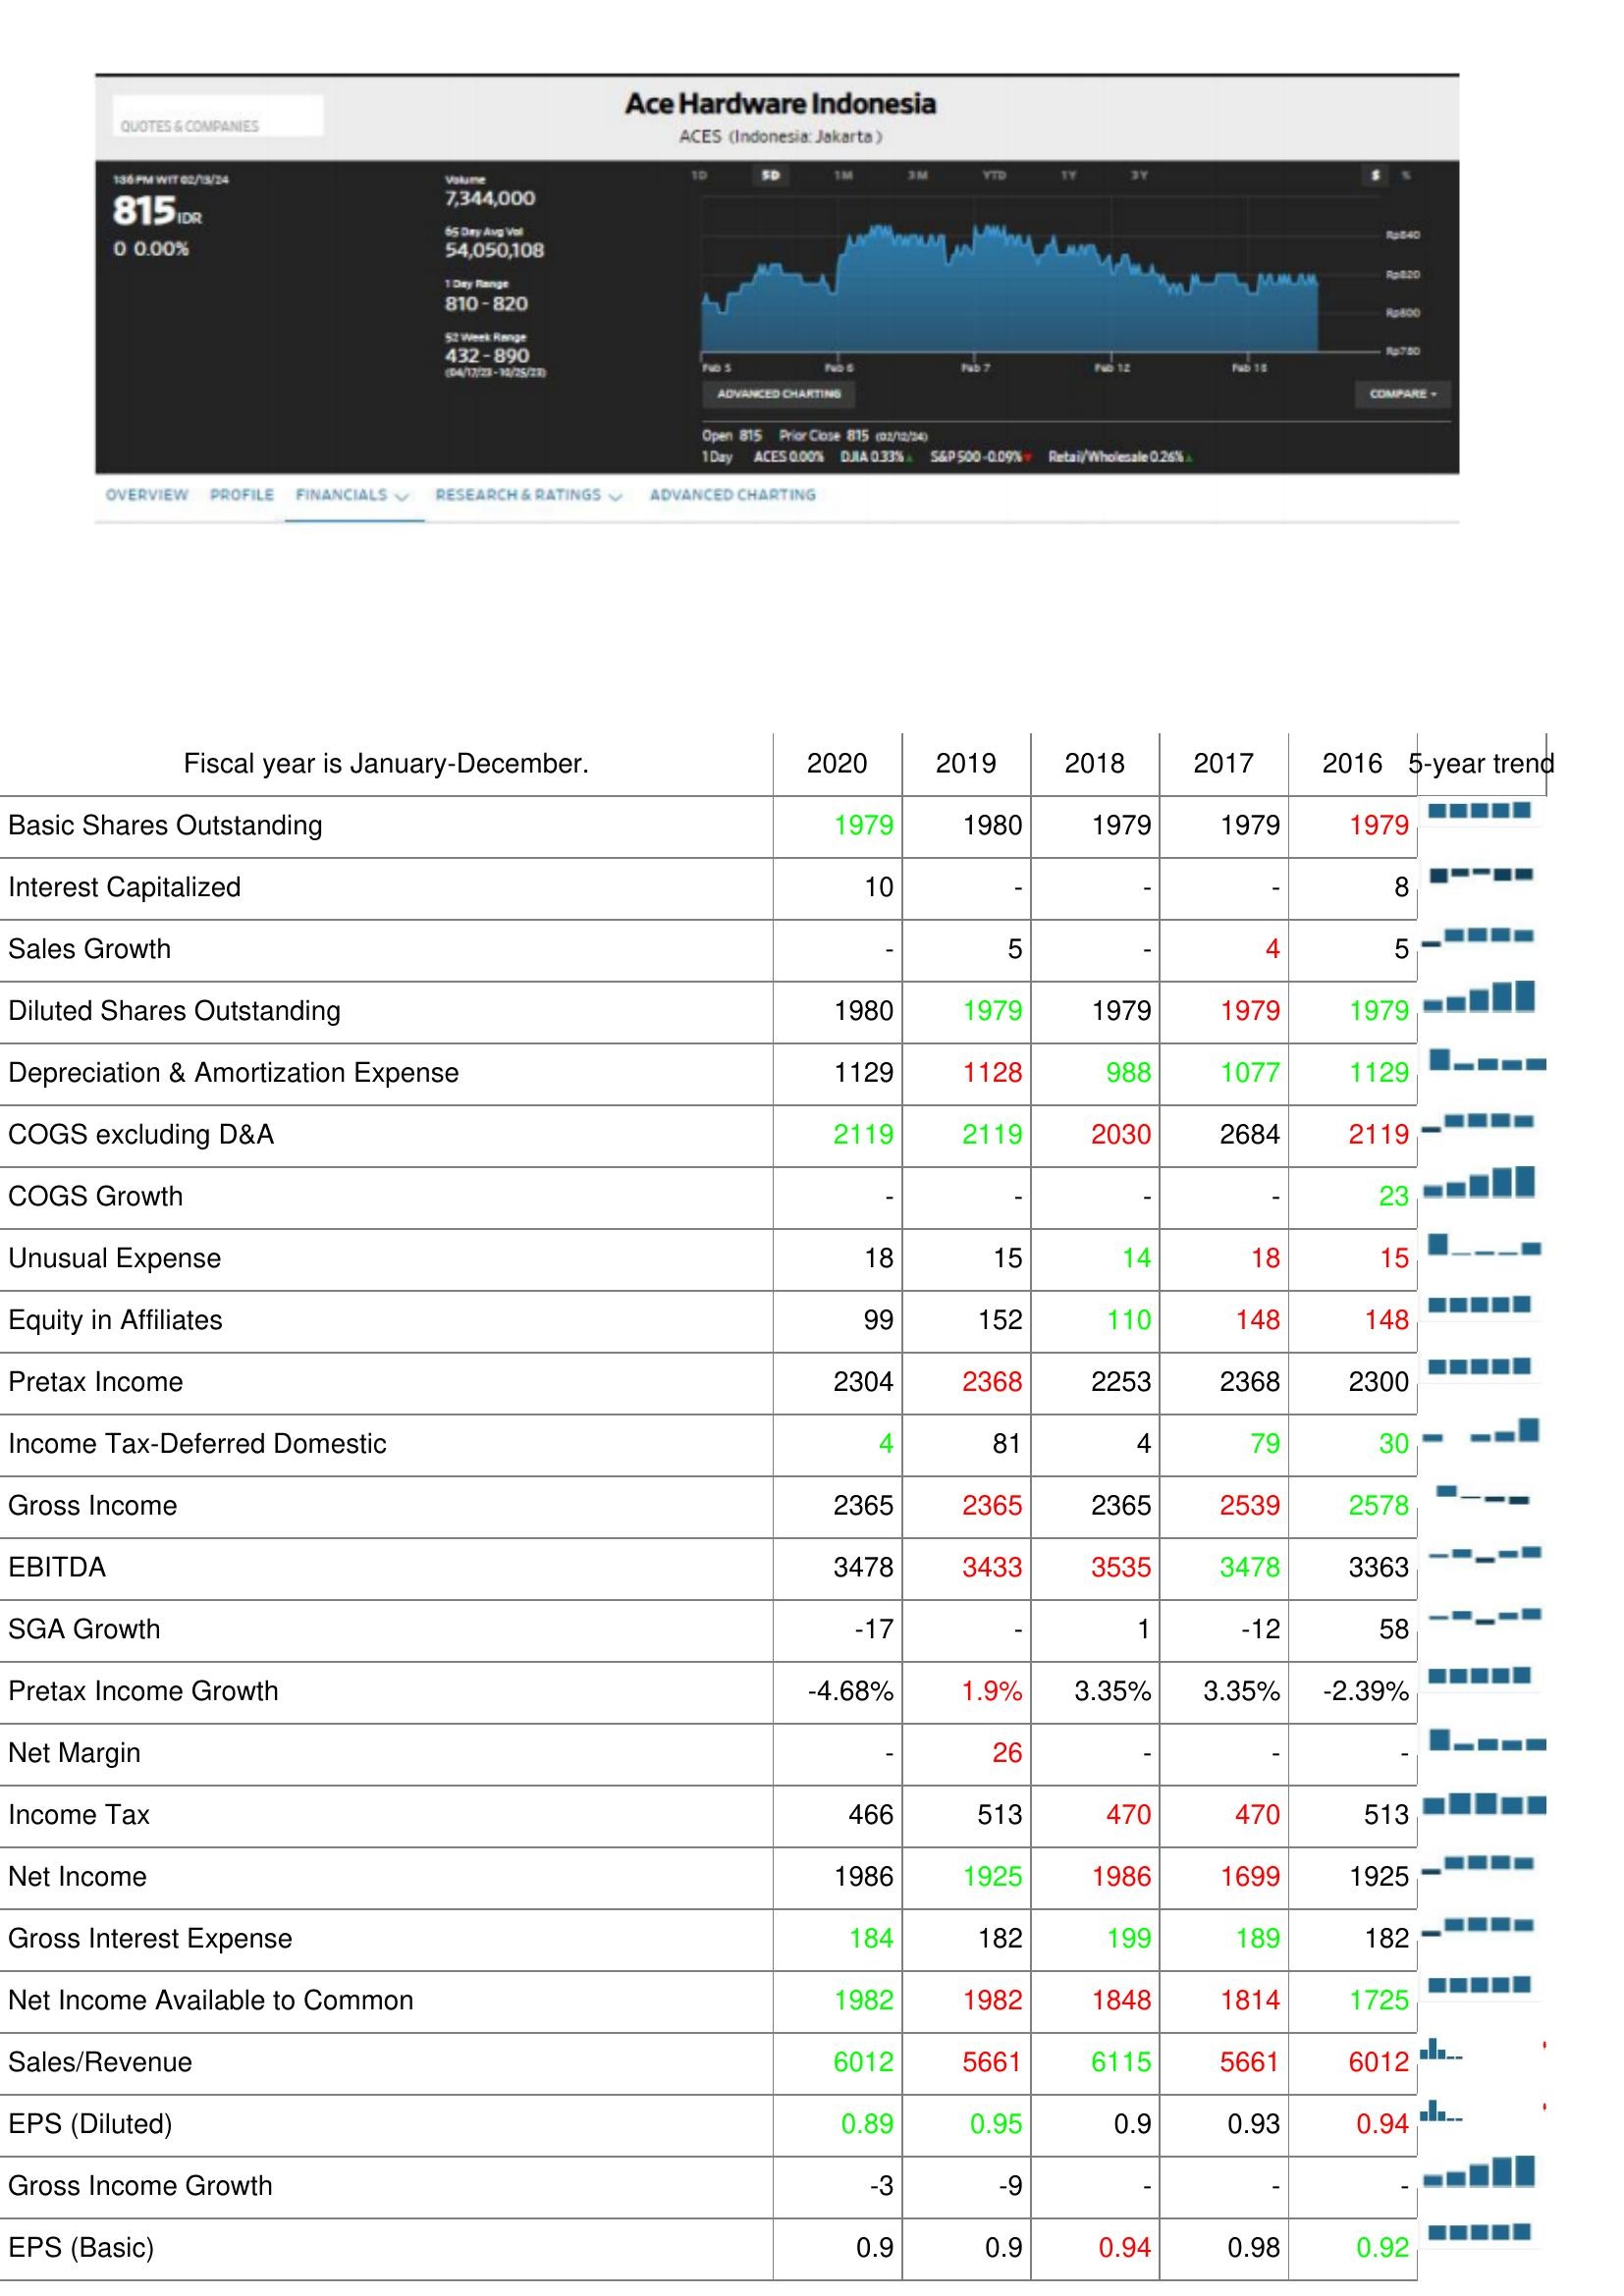
2020: : Basic Shares Outstanding: 1979
Interest Capitalized: 10
Sales Growth: -
Diluted Shares Outstanding: 1980
Depreciation & Amortization Expense: 1129
COGS excluding D&A: 2119
COGS Growth: -
Unusual Expense: 18
Equity in Affiliates: 99
Pretax Income: 2304
Income Tax-Deferred Domestic: 4
Gross Income: 2365
EBITDA: 3478
SGA Growth: -17
Pretax Income Growth: -4.68%
Net Margin: -
Income Tax: 466
Net Income: 1986
Gross Interest Expense: 184
Net Income Available to Common: 1982
Sales/Revenue: 6012
EPS (Diluted): 0.89
Gross Income Growth: -3
EPS (Basic): 0.9
2019: : Basic Shares Outstanding: 1980
Interest Capitalized: -
Sales Growth: 5
Diluted Shares Outstanding: 1979
Depreciation & Amortization Expense: 1128
COGS excluding D&A: 2119
COGS Growth: -
Unusual Expense: 15
Equity in Affiliates: 152
Pretax Income: 2368
Income Tax-Deferred Domestic: 81
Gross Income: 2365
EBITDA: 3433
SGA Growth: -
Pretax Income Growth: 1.9%
Net Margin: 26
Income Tax: 513
Net Income: 1925
Gross Interest Expense: 182
Net Income Available to Common: 1982
Sales/Revenue: 5661
EPS (Diluted): 0.95
Gross Income Growth: -9
EPS (Basic): 0.9
2018: : Basic Shares Outstanding: 1979
Interest Capitalized: -
Sales Growth: -
Diluted Shares Outstanding: 1979
Depreciation & Amortization Expense: 988
COGS excluding D&A: 2030
COGS Growth: -
Unusual Expense: 14
Equity in Affiliates: 110
Pretax Income: 2253
Income Tax-Deferred Domestic: 4
Gross Income: 2365
EBITDA: 3535
SGA Growth: 1
Pretax Income Growth: 3.35%
Net Margin: -
Income Tax: 470
Net Income: 1986
Gross Interest Expense: 199
Net Income Available to Common: 1848
Sales/Revenue: 6115
EPS (Diluted): 0.9
Gross Income Growth: -
EPS (Basic): 0.94
2017: : Basic Shares Outstanding: 1979
Interest Capitalized: -
Sales Growth: 4
Diluted Shares Outstanding: 1979
Depreciation & Amortization Expense: 1077
COGS excluding D&A: 2684
COGS Growth: -
Unusual Expense: 18
Equity in Affiliates: 148
Pretax Income: 2368
Income Tax-Deferred Domestic: 79
Gross Income: 2539
EBITDA: 3478
SGA Growth: -12
Pretax Income Growth: 3.35%
Net Margin: -
Income Tax: 470
Net Income: 1699
Gross Interest Expense: 189
Net Income Available to Common: 1814
Sales/Revenue: 5661
EPS (Diluted): 0.93
Gross Income Growth: -
EPS (Basic): 0.98
2016: : Basic Shares Outstanding: 1979
Interest Capitalized: 8
Sales Growth: 5
Diluted Shares Outstanding: 1979
Depreciation & Amortization Expense: 1129
COGS excluding D&A: 2119
COGS Growth: 23
Unusual Expense: 15
Equity in Affiliates: 148
Pretax Income: 2300
Income Tax-Deferred Domestic: 30
Gross Income: 2578
EBITDA: 3363
SGA Growth: 58
Pretax Income Growth: -2.39%
Net Margin: -
Income Tax: 513
Net Income: 1925
Gross Interest Expense: 182
Net Income Available to Common: 1725
Sales/Revenue: 6012
EPS (Diluted): 0.94
Gross Income Growth: -
EPS (Basic): 0.92